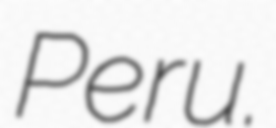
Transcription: Peru.